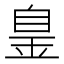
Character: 𦤐